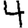
Digit: 4